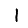
Digit: 1